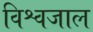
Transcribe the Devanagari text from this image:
विश्वजाल